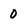
Character: 0